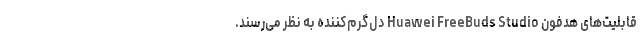
قابلیت‌های هدفون Huawei FreeBuds Studio دل‌گرم‌کننده به نظر می‌رسند.